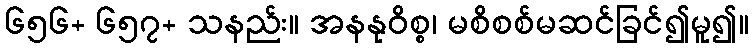
၆၅၆+ ၆၅၇+ သနည်း။ အနနုဝိစ္စ၊ မစိစစ်မဆင်ခြင်၍မူ၍။